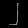
Digit: ၂